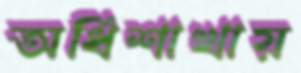
অধিশাখায়